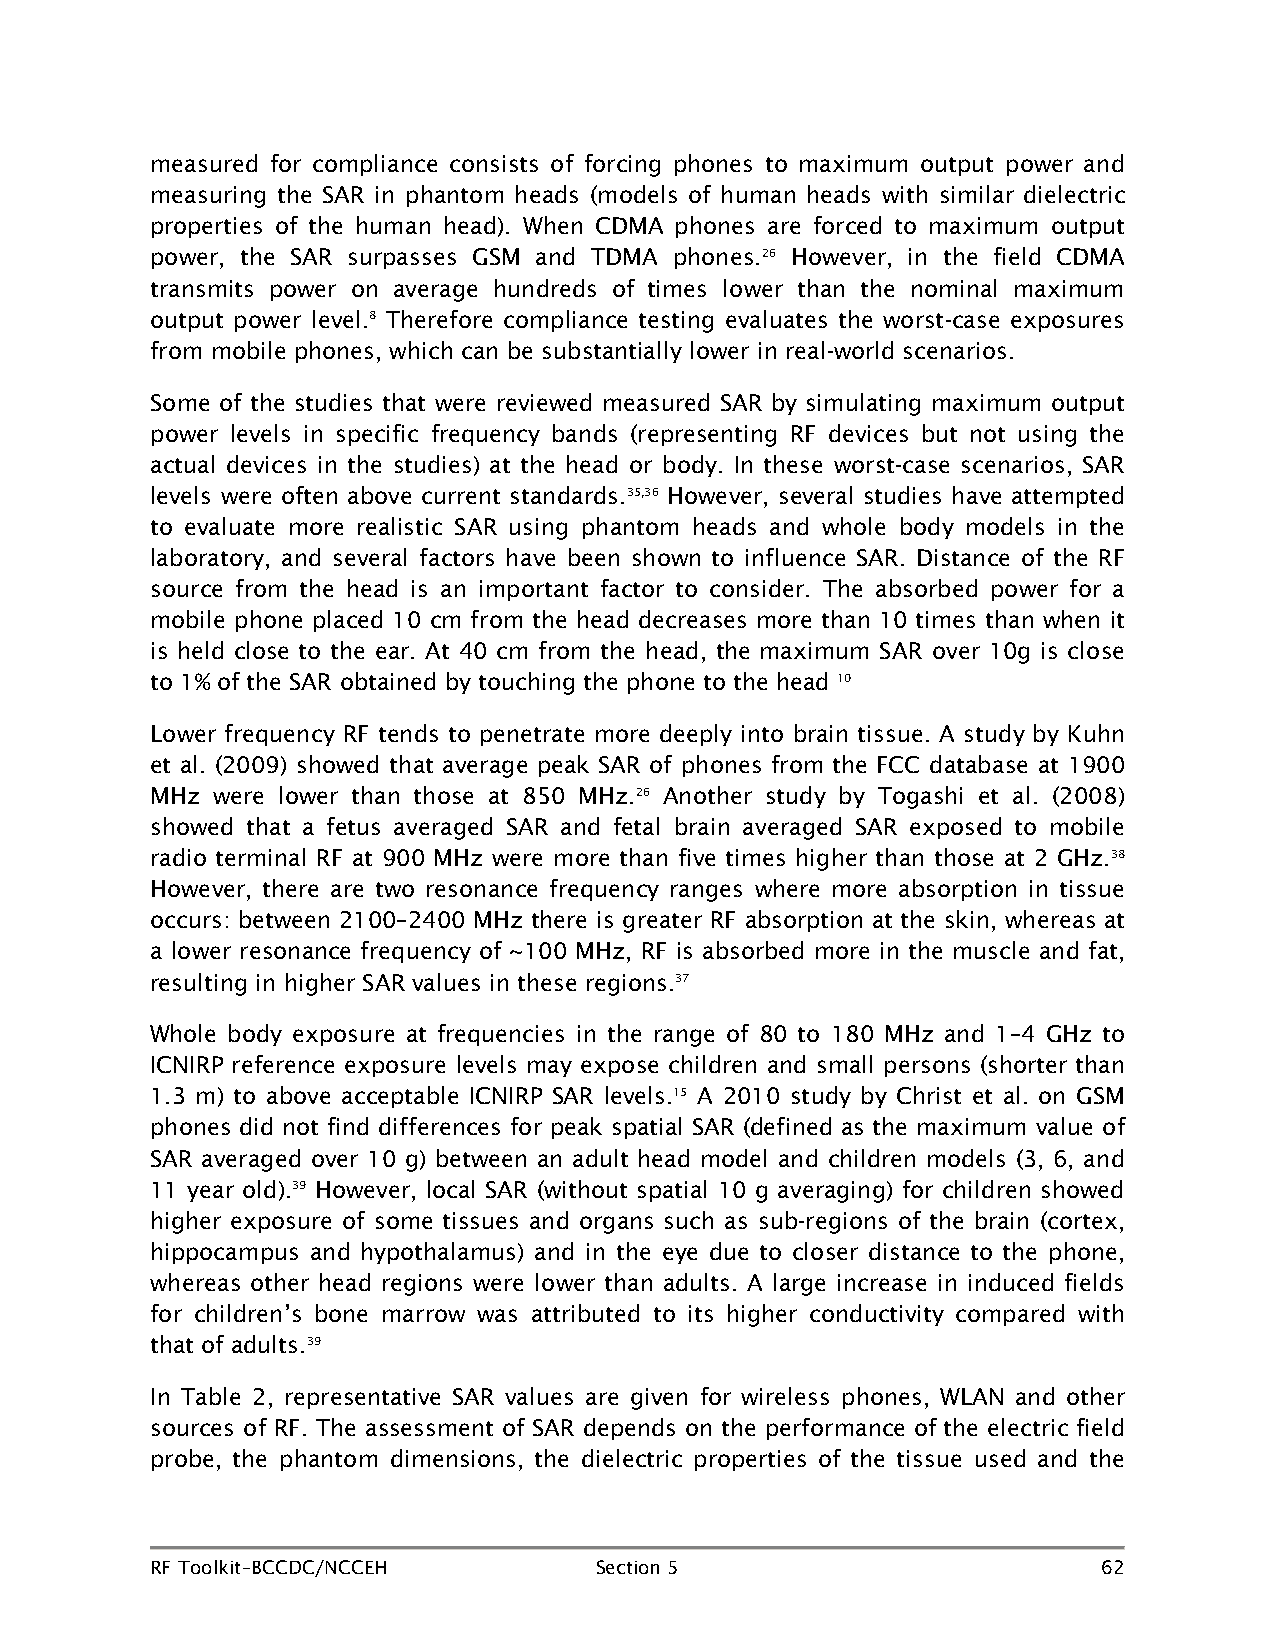
measured for compliance consists of forcing phones to maximum output power and
 measuring the SAR in phantom heads (models of human heads with similar dielectric
 properties of the human head). When CDMA phones are forced to maximum output
 power, the SAR surpasses GSM and TDMA phones.26 However, in the field CDMA
 transmits power on average hundreds of times lower than the nominal maximum
 output power level.8 Therefore compliance testing evaluates the worst-case exposures
 from mobile phones, which can be substantially lower in real-world scenarios.
 Some of the studies that were reviewed measured SAR by simulating maximum output
 power levels in specific frequency bands (representing RF devices but not using the
 actual devices in the studies) at the head or body. In these worst-case scenarios, SAR
 levels were often above current standards.35,36 However, several studies have attempted
 to evaluate more realistic SAR using phantom heads and whole body models in the
 laboratory, and several factors have been shown to influence SAR. Distance of the RF
 source from the head is an important factor to consider. The absorbed power for a
 mobile phone placed 10 cm from the head decreases more than 10 times than when it
 is held close to the ear. At 40 cm from the head, the maximum SAR over 10g is close
 to 1% of the SAR obtained by touching the phone to the head 10
 Lower frequency RF tends to penetrate more deeply into brain tissue. A study by Kuhn
 et al. (2009) showed that average peak SAR of phones from the FCC database at 1900
 MHz were lower than those at 850 MHz.26 Another study by Togashi et al. (2008)
 showed that a fetus averaged SAR and fetal brain averaged SAR exposed to mobile
 radio terminal RF at 900 MHz were more than five times higher than those at 2 GHz.38
 However, there are two resonance frequency ranges where more absorption in tissue
 occurs: between 2100–2400 MHz there is greater RF absorption at the skin, whereas at
 a lower resonance frequency of ~100 MHz, RF is absorbed more in the muscle and fat,
 resulting in higher SAR values in these regions.37
 Whole body exposure at frequencies in the range of 80 to 180 MHz and 1–4 GHz to
 ICNIRP reference exposure levels may expose children and small persons (shorter than
 1.3 m) to above acceptable ICNIRP SAR levels.15 A 2010 study by Christ et al. on GSM
 phones did not find differences for peak spatial SAR (defined as the maximum value of
 SAR averaged over 10 g) between an adult head model and children models (3, 6, and
 11 year old).39 However, local SAR (without spatial 10 g averaging) for children showed
 higher exposure of some tissues and organs such as sub-regions of the brain (cortex,
 hippocampus and hypothalamus) and in the eye due to closer distance to the phone,
 whereas other head regions were lower than adults. A large increase in induced fields
 for children’s bone marrow was attributed to its higher conductivity compared with
 that of adults.39
 In Table 2, representative SAR values are given for wireless phones, WLAN and other
 sources of RF. The assessment of SAR depends on the performance of the electric field
 probe, the phantom dimensions, the dielectric properties of the tissue used and the
 RF Toolkit–BCCDC/NCCEH       Section 5                         62